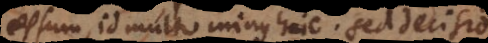
essum, id multo minus huic. Sed decisio